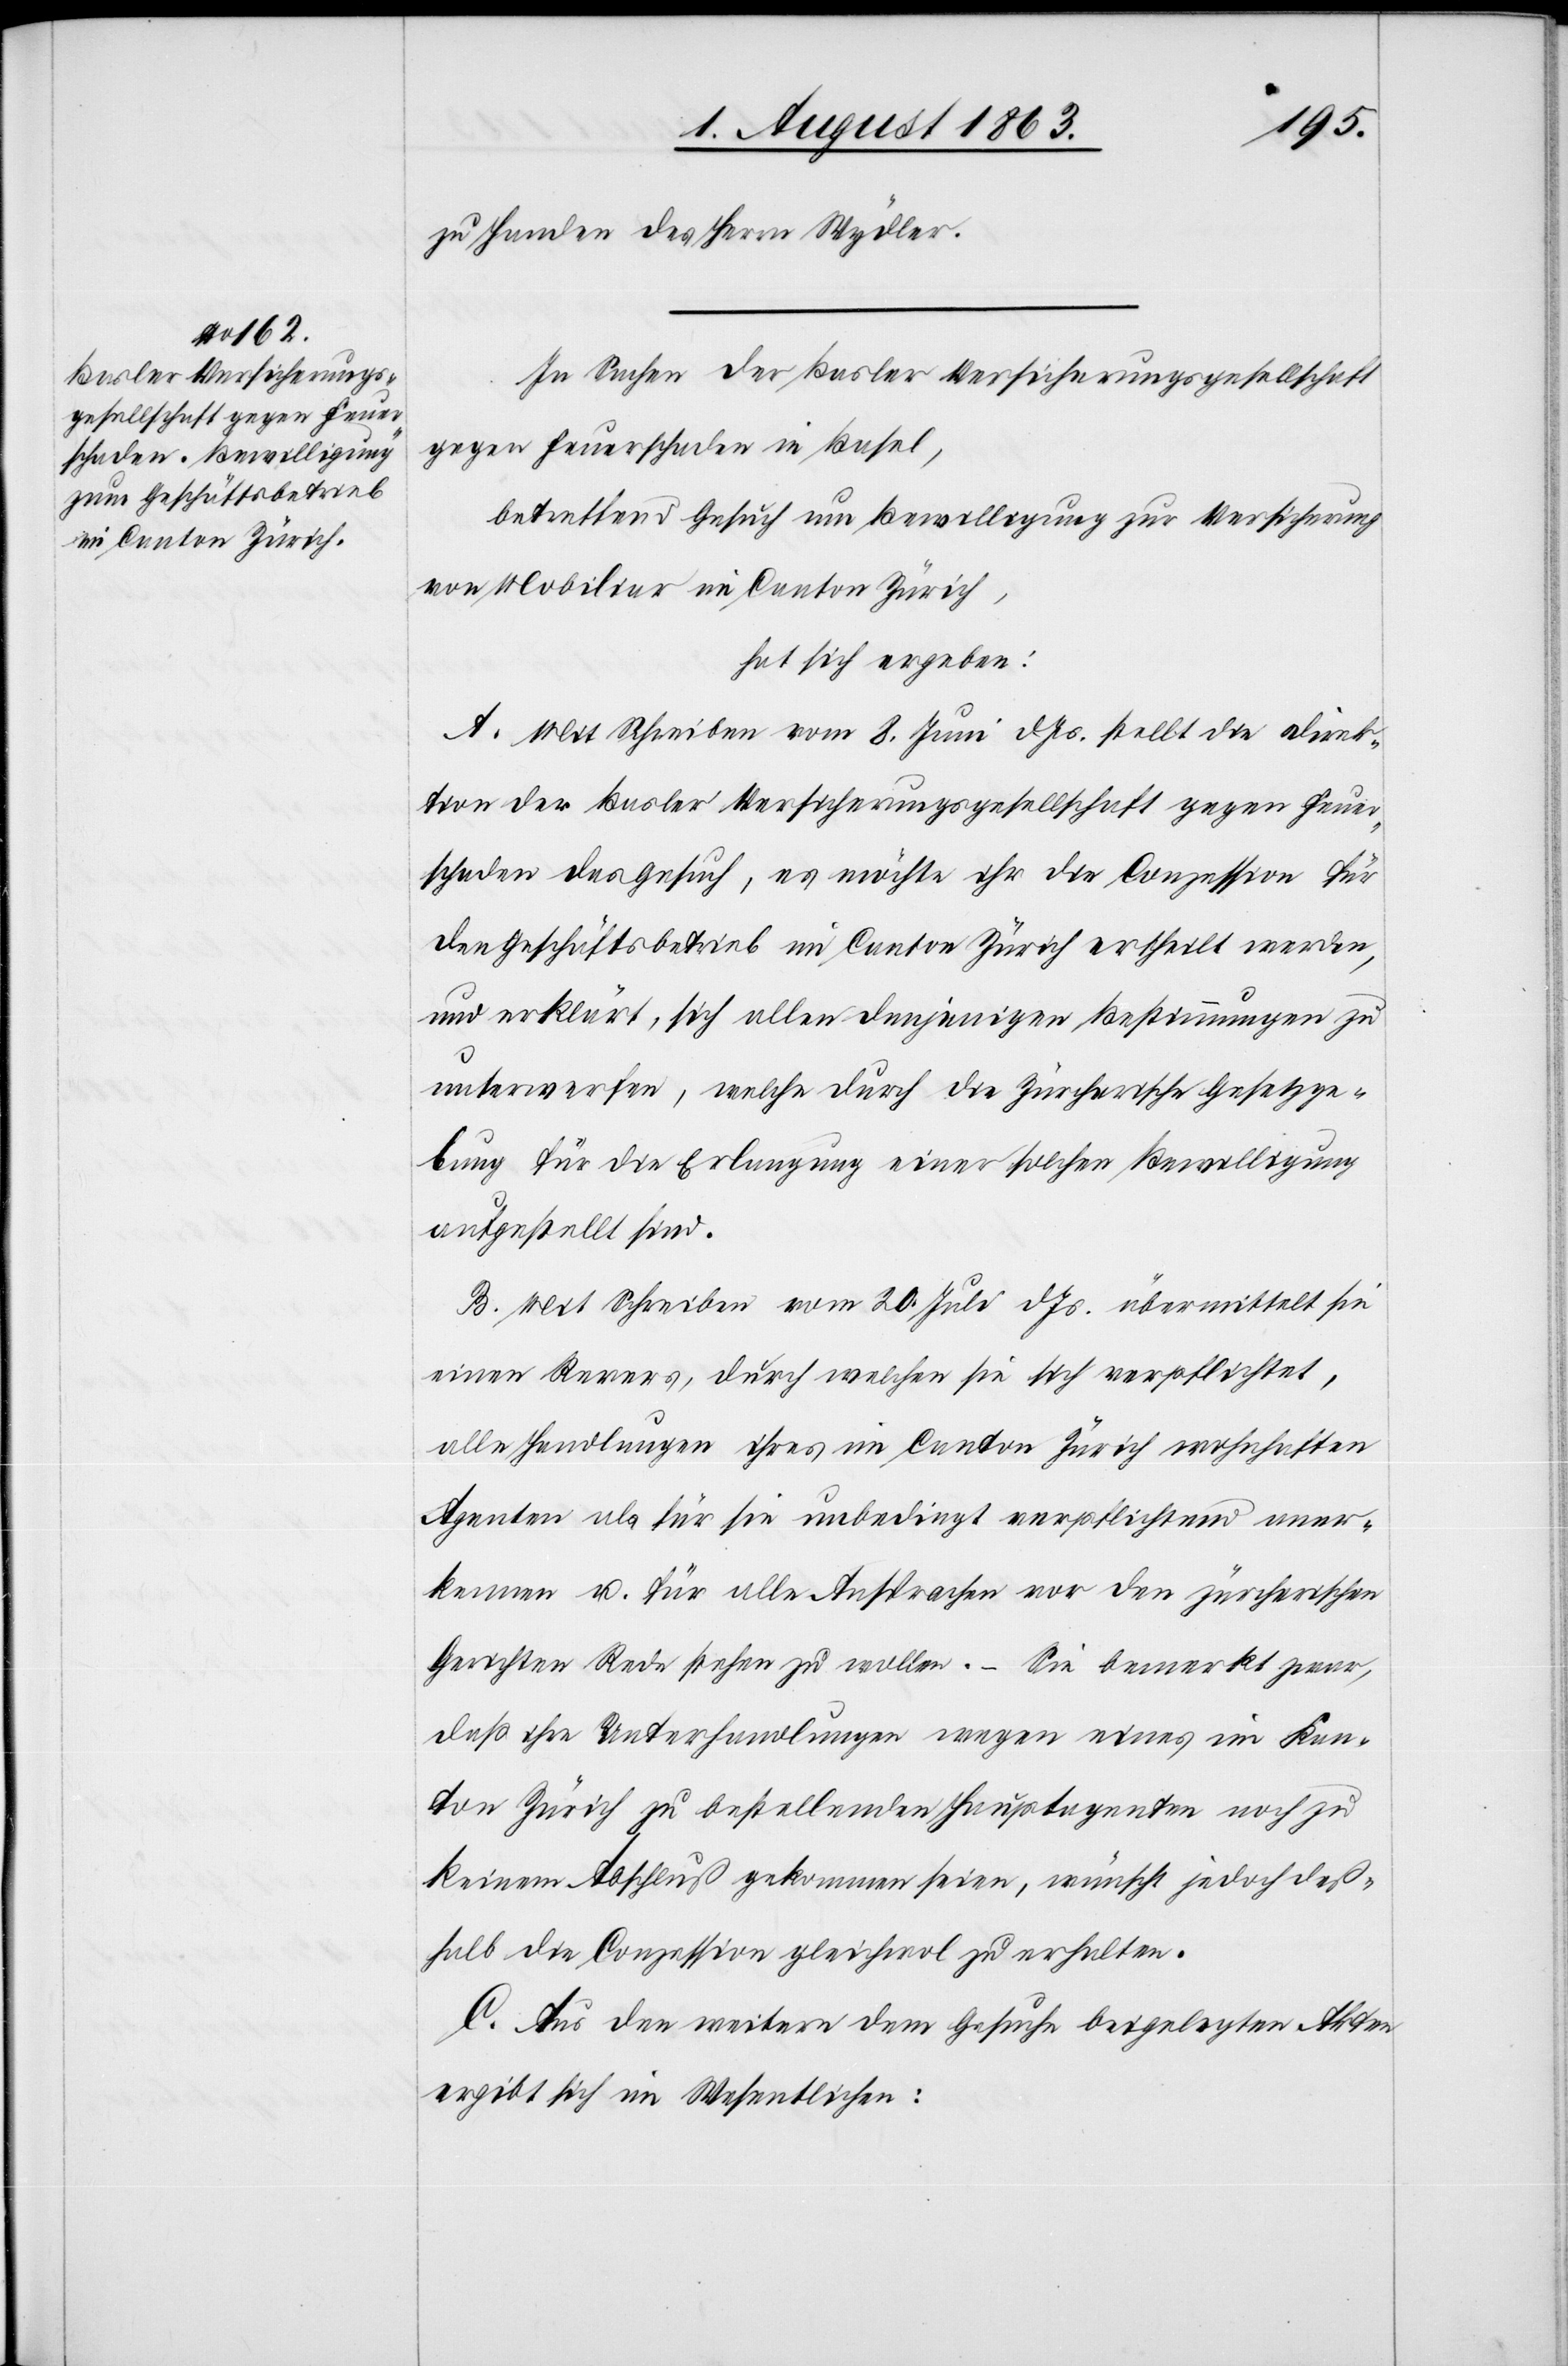
zu Handen des Herrn Wydler.
In Sachen der Basler Versicherungsgesellschaft
gegen Feuerschaden in Basel,
betreffend Gesuch um Bewilligung zur Versicherung
von Mobiliar im Canton Zürich,
hat sich ergeben:
A. Mit Schreiben vom 8. Juni d. Js. stellt die Direk¬
tion der Basler Versicherungsgesellschaft gegen Feuer¬
schaden das Gesuch, es möchte ihr die Conzession für
den Geschäftsbetrieb im Canton Zürich ertheilt werden,
und erklärt, sich allen denjenigen Bestimmungen zu
unterwerfen, welche durch die Zürcherische Gesetzge¬
bung für die Erlangung einer solchen Bewilligung
aufgestellt sind.
B. Mit Schreiben vom 20. Juli d. Js. übermittelt sie
einen Revers, durch welchen sie sich verpflichtet,
alle Handlungen ihres im Canton Zürich wohnhaften
Agenten als für sie unbedingt verpflichtend aner¬
kennen u. für alle Ansprachen vor den zürcherischen
Gerichten Rede stehen zu wollen. – Sie bemerkt zwar,
daß ihre Unterhandlungen wegen eines im Kan¬
ton Zürich zu bestellenden Hauptagenten noch zu
keinem Abschluß gekommen seien, wünscht jedoch deß¬
halb die Conzession gleichwol zu erhalten.
C. Aus den weitern dem Gesuche beigelegten Akten
ergibt sich im Wesentlichen: